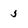
Character: 5